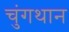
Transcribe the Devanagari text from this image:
चुंगथान